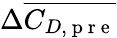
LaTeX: \Delta\overline{{C_{D,\mathrm{~p~r~e~}}}}